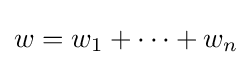
w=w_{1}+\cdots +w_{n}